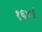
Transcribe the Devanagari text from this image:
१६४।